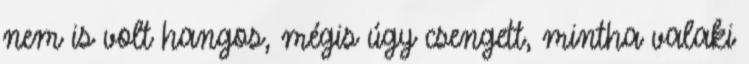
nem is volt hangos, mégis úgy csengett, mintha valaki